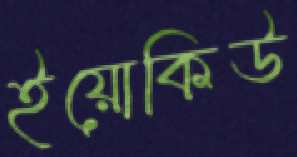
ইয়োকিউ